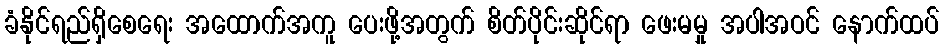
ခံနိုင်ရည်ရှိစေရေး အထောက်အကူ ပေးဖို့အတွက် စိတ်ပိုင်းဆိုင်ရာ ဖေးမမှု အပါအဝင် နောက်ထပ်